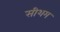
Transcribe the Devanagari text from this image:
सीशम